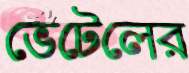
ভেটেলের